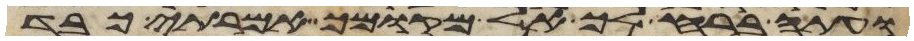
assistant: ועתה ברח לך אל מקומך אמרתי כבד